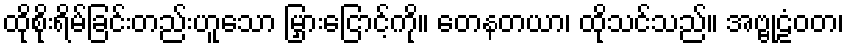
ထိုစိုးရိမ်ခြင်းတည်းဟူသော မြှားငြောင့်ကို။ တေနတယာ၊ ထိုသင်သည်။ အဗ္ဗုဠံဝတ၊